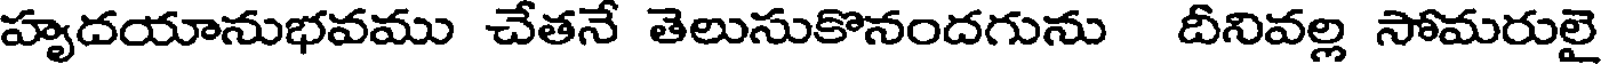
హృదయానుభవము చేతనే తెలుసుకొనందగును దీనివల్ల సోమరులై